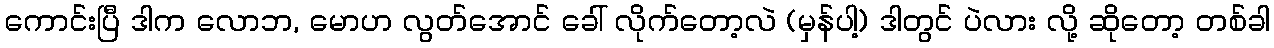
ကောင်းပြီ ဒါက လောဘ, မောဟ လွတ်အောင် ခေါ် လိုက်တော့လဲ (မှန်ပါ့) ဒါတွင် ပဲလား လို့ ဆိုတော့ တစ်ခါ